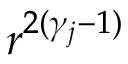
r ^ { 2 ( \gamma _ { j } - 1 ) }